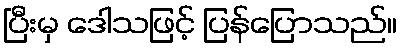
ပြီးမှ ဒေါသဖြင့် ပြန်ပြောသည်။